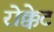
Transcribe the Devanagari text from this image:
रोक्केट